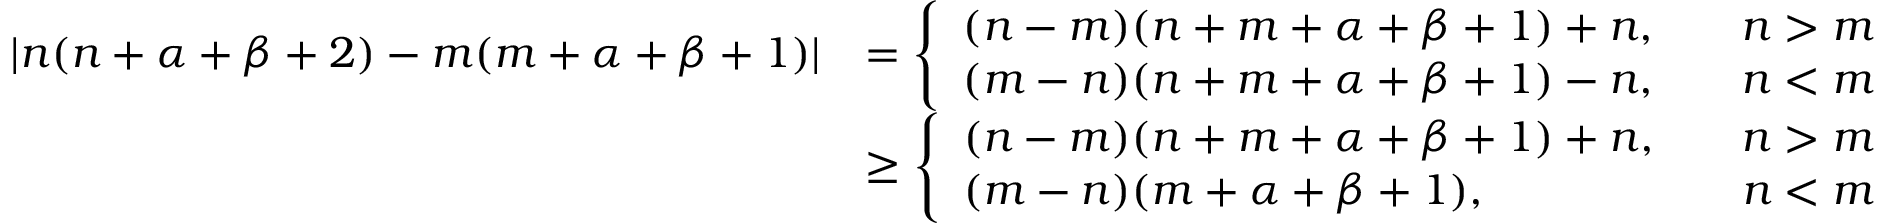
\begin{array} { r l } { | n ( n + \alpha + \beta + 2 ) - m ( m + \alpha + \beta + 1 ) | } & { = \left\{ \begin{array} { l l } { ( n - m ) ( n + m + \alpha + \beta + 1 ) + n , } & { \quad n > m } \\ { ( m - n ) ( n + m + \alpha + \beta + 1 ) - n , } & { \quad n < m } \end{array} \right. } \\ & { \ge \left\{ \begin{array} { l l } { ( n - m ) ( n + m + \alpha + \beta + 1 ) + n , } & { \quad n > m } \\ { { ( m - n ) ( m + \alpha + \beta + 1 ) } , } & { \quad n < m } \end{array} \right. } \end{array}